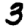
Digit: 3